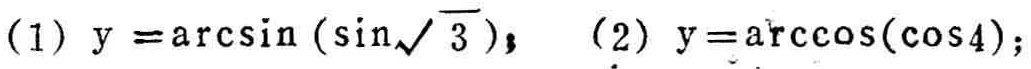
(1) \(y = \arcsin(\sin\sqrt{3})\)；(2) \(y=\arccos(\cos4)\)